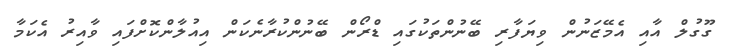
ގޫގުލް އާއި އެމޭޒަނުން ވިޔަފާރި ބޭނުންތަކުގައިި ޑްރޯން ބޭނުންކުރާނެކަން އިއުލާންކޮށްފައި ވާއިރު އެކަމާ